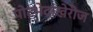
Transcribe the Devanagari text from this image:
पोटभेदांखेरीज